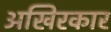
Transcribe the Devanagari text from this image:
अखिरकार